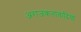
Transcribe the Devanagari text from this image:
अराजकतावादियों